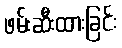
ဖမ်းဆီးထားခြင်း